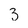
Character: 3